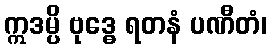
ဣဒမ္ပိ ဗုဒ္ဓေ ရတနံ ပဏီတံ၊